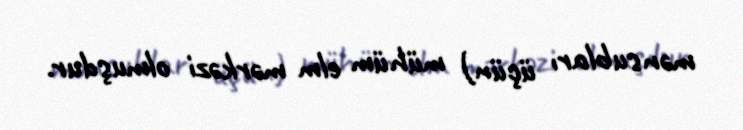
mənsubları üçün) mühüm elm mərkəzi olmuşdur.